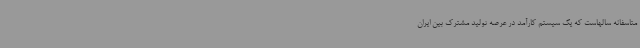
متاسفانه سالهاست که یک سیستم کارآمد در عرصه تولید مشترک بین ایران